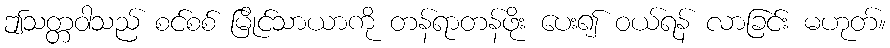
ဤသတ္တဝါသည် စင်စစ် မြိုင်သာယာကို တန်ရာတန်ဖိုး ပေး၍ ဝယ်ရန် လာခြင်း မဟုတ်။